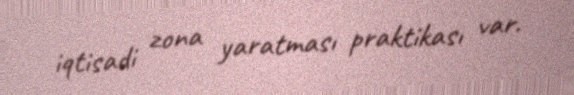
iqtisadi zona yaratması praktikası var.